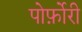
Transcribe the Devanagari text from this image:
पोर्फ़ोरी